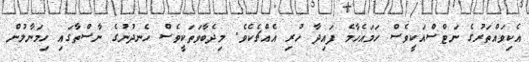
އެކިވައްތަރުގެ ނަޓްސްއަކީވެސް ހަމައެހާމެ ފައިދާ ހުރި އެއްޗެކެވެ. މިދެބާވަތަކީވެސް ހެނދުނުގެ ނާސްތާގައި ހިމަނާލުން